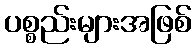
ပစ္စည်းများအဖြစ်